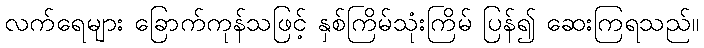
လက်ရေများ ခြောက်ကုန်သဖြင့် နှစ်ကြိမ်သုံးကြိမ် ပြန်၍ ဆေးကြရသည်။